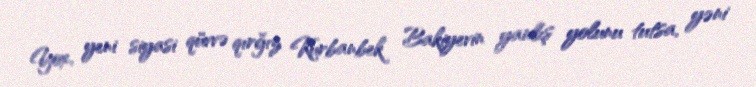
Yox, yeni siyasi qüvvə qırğız Kurbanbek Bakiyevin yanlış yolunu tutsa, yəni